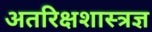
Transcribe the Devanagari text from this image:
अतरिक्षशास्त्रज्ञ